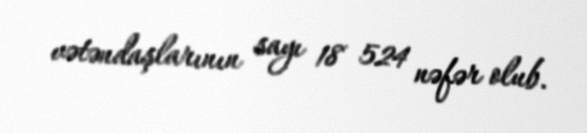
vətəndaşlarının sayı 18 524 nəfər olub.